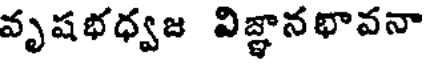
వృషభధ్వజ విజ్ఞానథావనా